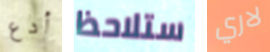
أدع ستلاحظ لاري